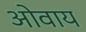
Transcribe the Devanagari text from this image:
ओवाय